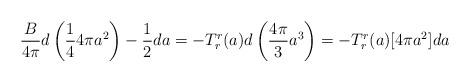
LaTeX: \begin{align*}{B\over 4\pi} d\left( {1\over 4} 4\pi a^2 \right) - {1\over 2} da=- T^r_r(a) d \left( {4\pi \over 3} a^3 \right) =- T^r_r(a) [4\pi a^2]da \end{align*}